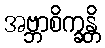
အဗ္ဘာစိက္ခန္တိ